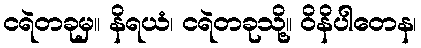
ငရဲတခုမှ။ နိရယံ၊ ငရဲတခုသို့။ ဝိနိပါတေန၊